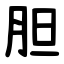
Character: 胆